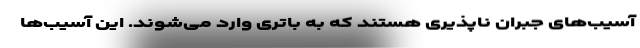
آسیب‌های جبران ناپذیری هستند که به باتری وارد می‌شوند. این آسیب‌ها